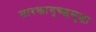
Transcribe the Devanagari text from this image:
तारकागुच्छसुद्धा